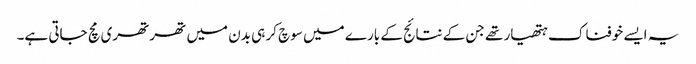
یہ ایسے خوفناک ہتھیار تھے جن کے نتائج کے بارے میں سوچ کر ہی بدن میں تھرتھری مچ جاتی ہے۔